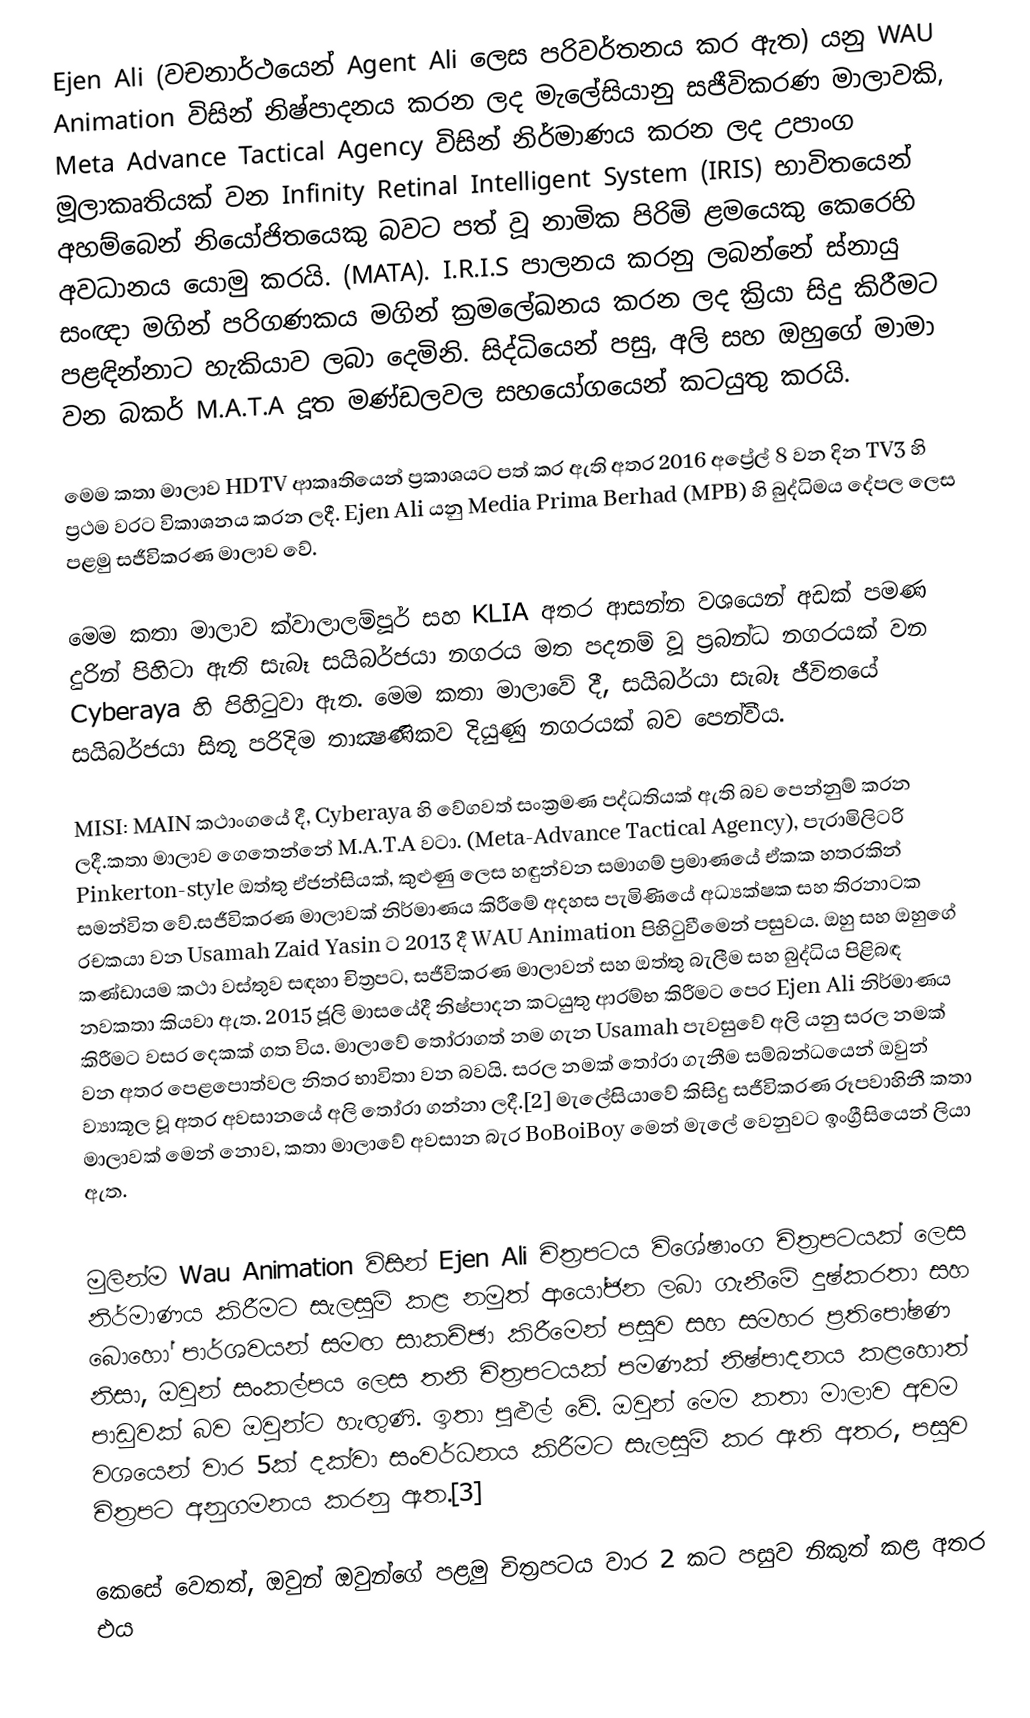
Ejen Ali (වචනාර්ථයෙන් Agent Ali ලෙස පරිවර්තනය කර ඇත) යනු WAU Animation විසින් නිෂ්පාදනය කරන ලද මැලේසියානු සජීවිකරණ මාලාවකි, Meta Advance Tactical Agency විසින් නිර්මාණය කරන ලද උපාංග මූලාකෘතියක් වන Infinity Retinal Intelligent System (IRIS) භාවිතයෙන් අහම්බෙන් නියෝජිතයෙකු බවට පත් වූ නාමික පිරිමි ළමයෙකු කෙරෙහි අවධානය යොමු කරයි. (MATA). I.R.I.S පාලනය කරනු ලබන්නේ ස්නායු සංඥා මගින් පරිගණකය මගින් ක්‍රමලේඛනය කරන ලද ක්‍රියා සිදු කිරීමට පළඳින්නාට හැකියාව ලබා දෙමිනි. සිද්ධියෙන් පසු, අලි සහ ඔහුගේ මාමා වන බකර් M.A.T.A දූත මණ්ඩලවල සහයෝගයෙන් කටයුතු කරයි.

මෙම කතා මාලාව HDTV ආකෘතියෙන් ප්‍රකාශයට පත් කර ඇති අතර 2016 අප්‍රේල් 8 වන දින TV3 හි ප්‍රථම වරට විකාශනය කරන ලදී. Ejen Ali යනු Media Prima Berhad (MPB) හි බුද්ධිමය දේපල ලෙස පළමු සජීවිකරණ මාලාව වේ.

මෙම කතා මාලාව ක්වාලාලම්පූර් සහ KLIA අතර ආසන්න වශයෙන් අඩක් පමණ දුරින් පිහිටා ඇති සැබෑ සයිබර්ජයා නගරය මත පදනම් වූ ප්‍රබන්ධ නගරයක් වන Cyberaya හි පිහිටුවා ඇත. මෙම කතා මාලාවේ දී, සයිබර්යා සැබෑ ජීවිතයේ සයිබර්ජයා සිතූ පරිදිම තාක්‍ෂණිකව දියුණු නගරයක් බව පෙන්වීය.

 MISI: MAIN කථාංගයේ දී, Cyberaya හි වේගවත් සංක්‍රමණ පද්ධතියක් ඇති බව පෙන්නුම් කරන ලදී.කතා මාලාව ගෙතෙන්නේ M.A.T.A වටා. (Meta-Advance Tactical Agency), පැරාමිලිටරි Pinkerton-style ඔත්තු ඒජන්සියක්, කුළුණු ලෙස හඳුන්වන සමාගම් ප්‍රමාණයේ ඒකක හතරකින් සමන්විත වේ.සජීවිකරණ මාලාවක් නිර්මාණය කිරීමේ අදහස පැමිණියේ අධ්‍යක්ෂක සහ තිරනාටක රචකයා වන Usamah Zaid Yasin ට 2013 දී WAU Animation පිහිටුවීමෙන් පසුවය. ඔහු සහ ඔහුගේ කණ්ඩායම කථා වස්තුව සඳහා චිත්‍රපට, සජීවිකරණ මාලාවන් සහ ඔත්තු බැලීම සහ බුද්ධිය පිළිබඳ නවකතා කියවා ඇත. 2015 ජූලි මාසයේදී නිෂ්පාදන කටයුතු ආරම්භ කිරීමට පෙර Ejen Ali නිර්මාණය කිරීමට වසර දෙකක් ගත විය. මාලාවේ තෝරාගත් නම ගැන Usamah පැවසුවේ අලි යනු සරල නමක් වන අතර පෙළපොත්වල නිතර භාවිතා වන බවයි. සරල නමක් තෝරා ගැනීම සම්බන්ධයෙන් ඔවුන් ව්‍යාකූල වූ අතර අවසානයේ අලි තෝරා ගන්නා ලදී.[2] මැලේසියාවේ කිසිදු සජීවිකරණ රූපවාහිනී කතා මාලාවක් මෙන් නොව, කතා මාලාවේ අවසාන බැර BoBoiBoy මෙන් මැලේ වෙනුවට ඉංග්‍රීසියෙන් ලියා ඇත.

 මුලින්ම Wau Animation විසින් Ejen Ali චිත්‍රපටය විශේෂාංග චිත්‍රපටයක් ලෙස නිර්මාණය කිරීමට සැලසුම් කළ නමුත් ආයෝජන ලබා ගැනීමේ දුෂ්කරතා සහ බොහෝ පාර්ශවයන් සමඟ සාකච්ඡා කිරීමෙන් පසුව සහ සමහර ප්‍රතිපෝෂණ නිසා, ඔවුන් සංකල්පය ලෙස තනි චිත්‍රපටයක් පමණක් නිෂ්පාදනය කළහොත් පාඩුවක් බව ඔවුන්ට හැඟුණි. ඉතා පුළුල් වේ. ඔවුන් මෙම කතා මාලාව අවම වශයෙන් වාර 5ක් දක්වා සංවර්ධනය කිරීමට සැලසුම් කර ඇති අතර, පසුව චිත්‍රපට අනුගමනය කරනු ඇත.[3]

 කෙසේ වෙතත්, ඔවුන් ඔවුන්ගේ පළමු චිත්‍රපටය වාර 2 කට පසුව නිකුත් කළ අතර එය